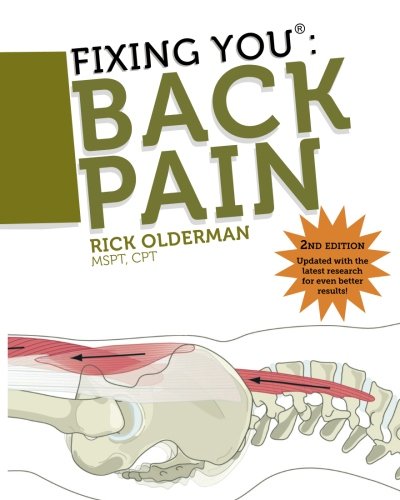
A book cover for Fixing You: Back Pain 2nd edition: Self-Treatment for Back Pain, Sciatica, Bulging and Herniated Discs, Stenosis, Degenerative Discs, and other Diagnoses.; Rick Olderman; Health, Fitness & Dieting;